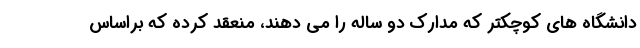
دانشگاه های کوچکتر که مدارک دو ساله را می دهند، منعقد کرده که براساس